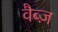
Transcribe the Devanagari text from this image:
वैब्ज़